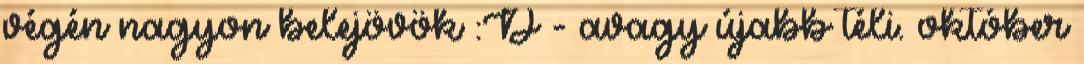
végén nagyon belejövök :D - avagy újabb téli. október